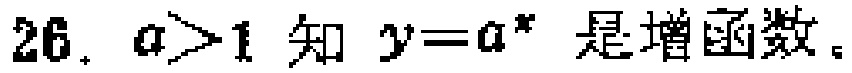
$26.\ a>1\text{ 知 }y = a^{x}\text{ 是增函数。}$